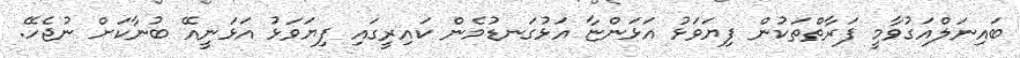
ބައިނަލްއަގުވާމީ ފަރާތްތަކުން ފިޔަވަޅު އަޅަންޏާ އަޅުގަނޑުމެން ކައިރީގައި ފިޔަވަޅު އަޅަނީއޭ ބުނާކަށް ނުޖެހޭ.